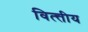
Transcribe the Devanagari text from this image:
वित्त्तीय